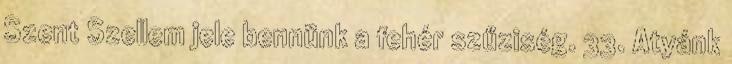
Szent Szellem jele bennünk a fehér szűziség. 33. Atyánk